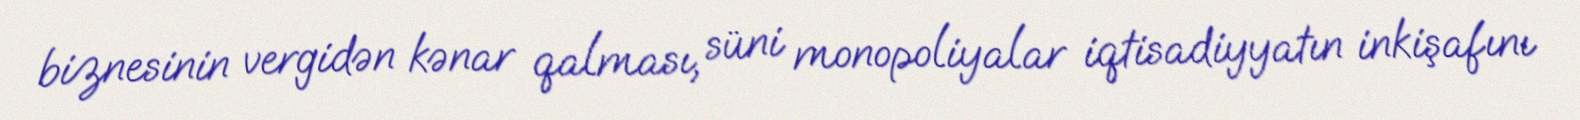
biznesinin vergidən kənar qalması, süni monopoliyalar iqtisadiyyatın inkişafını